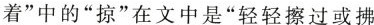
着”中的”掠”在文中是”轻轻擦过或拂